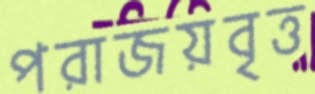
পরাজয়বৃত্ত